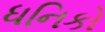
ધનિકો